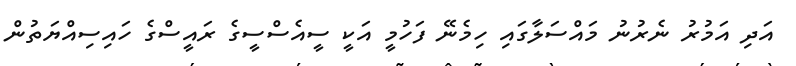
އަދި އަމުރު ނެރުނު މައްސަލާގައި ހިމެނޭ ފަހުމީ އަކީ ސީއެސްސީގެ ރައީސްގެ ހައިސިއްޔަތުން